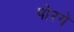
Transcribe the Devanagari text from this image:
पोरगे